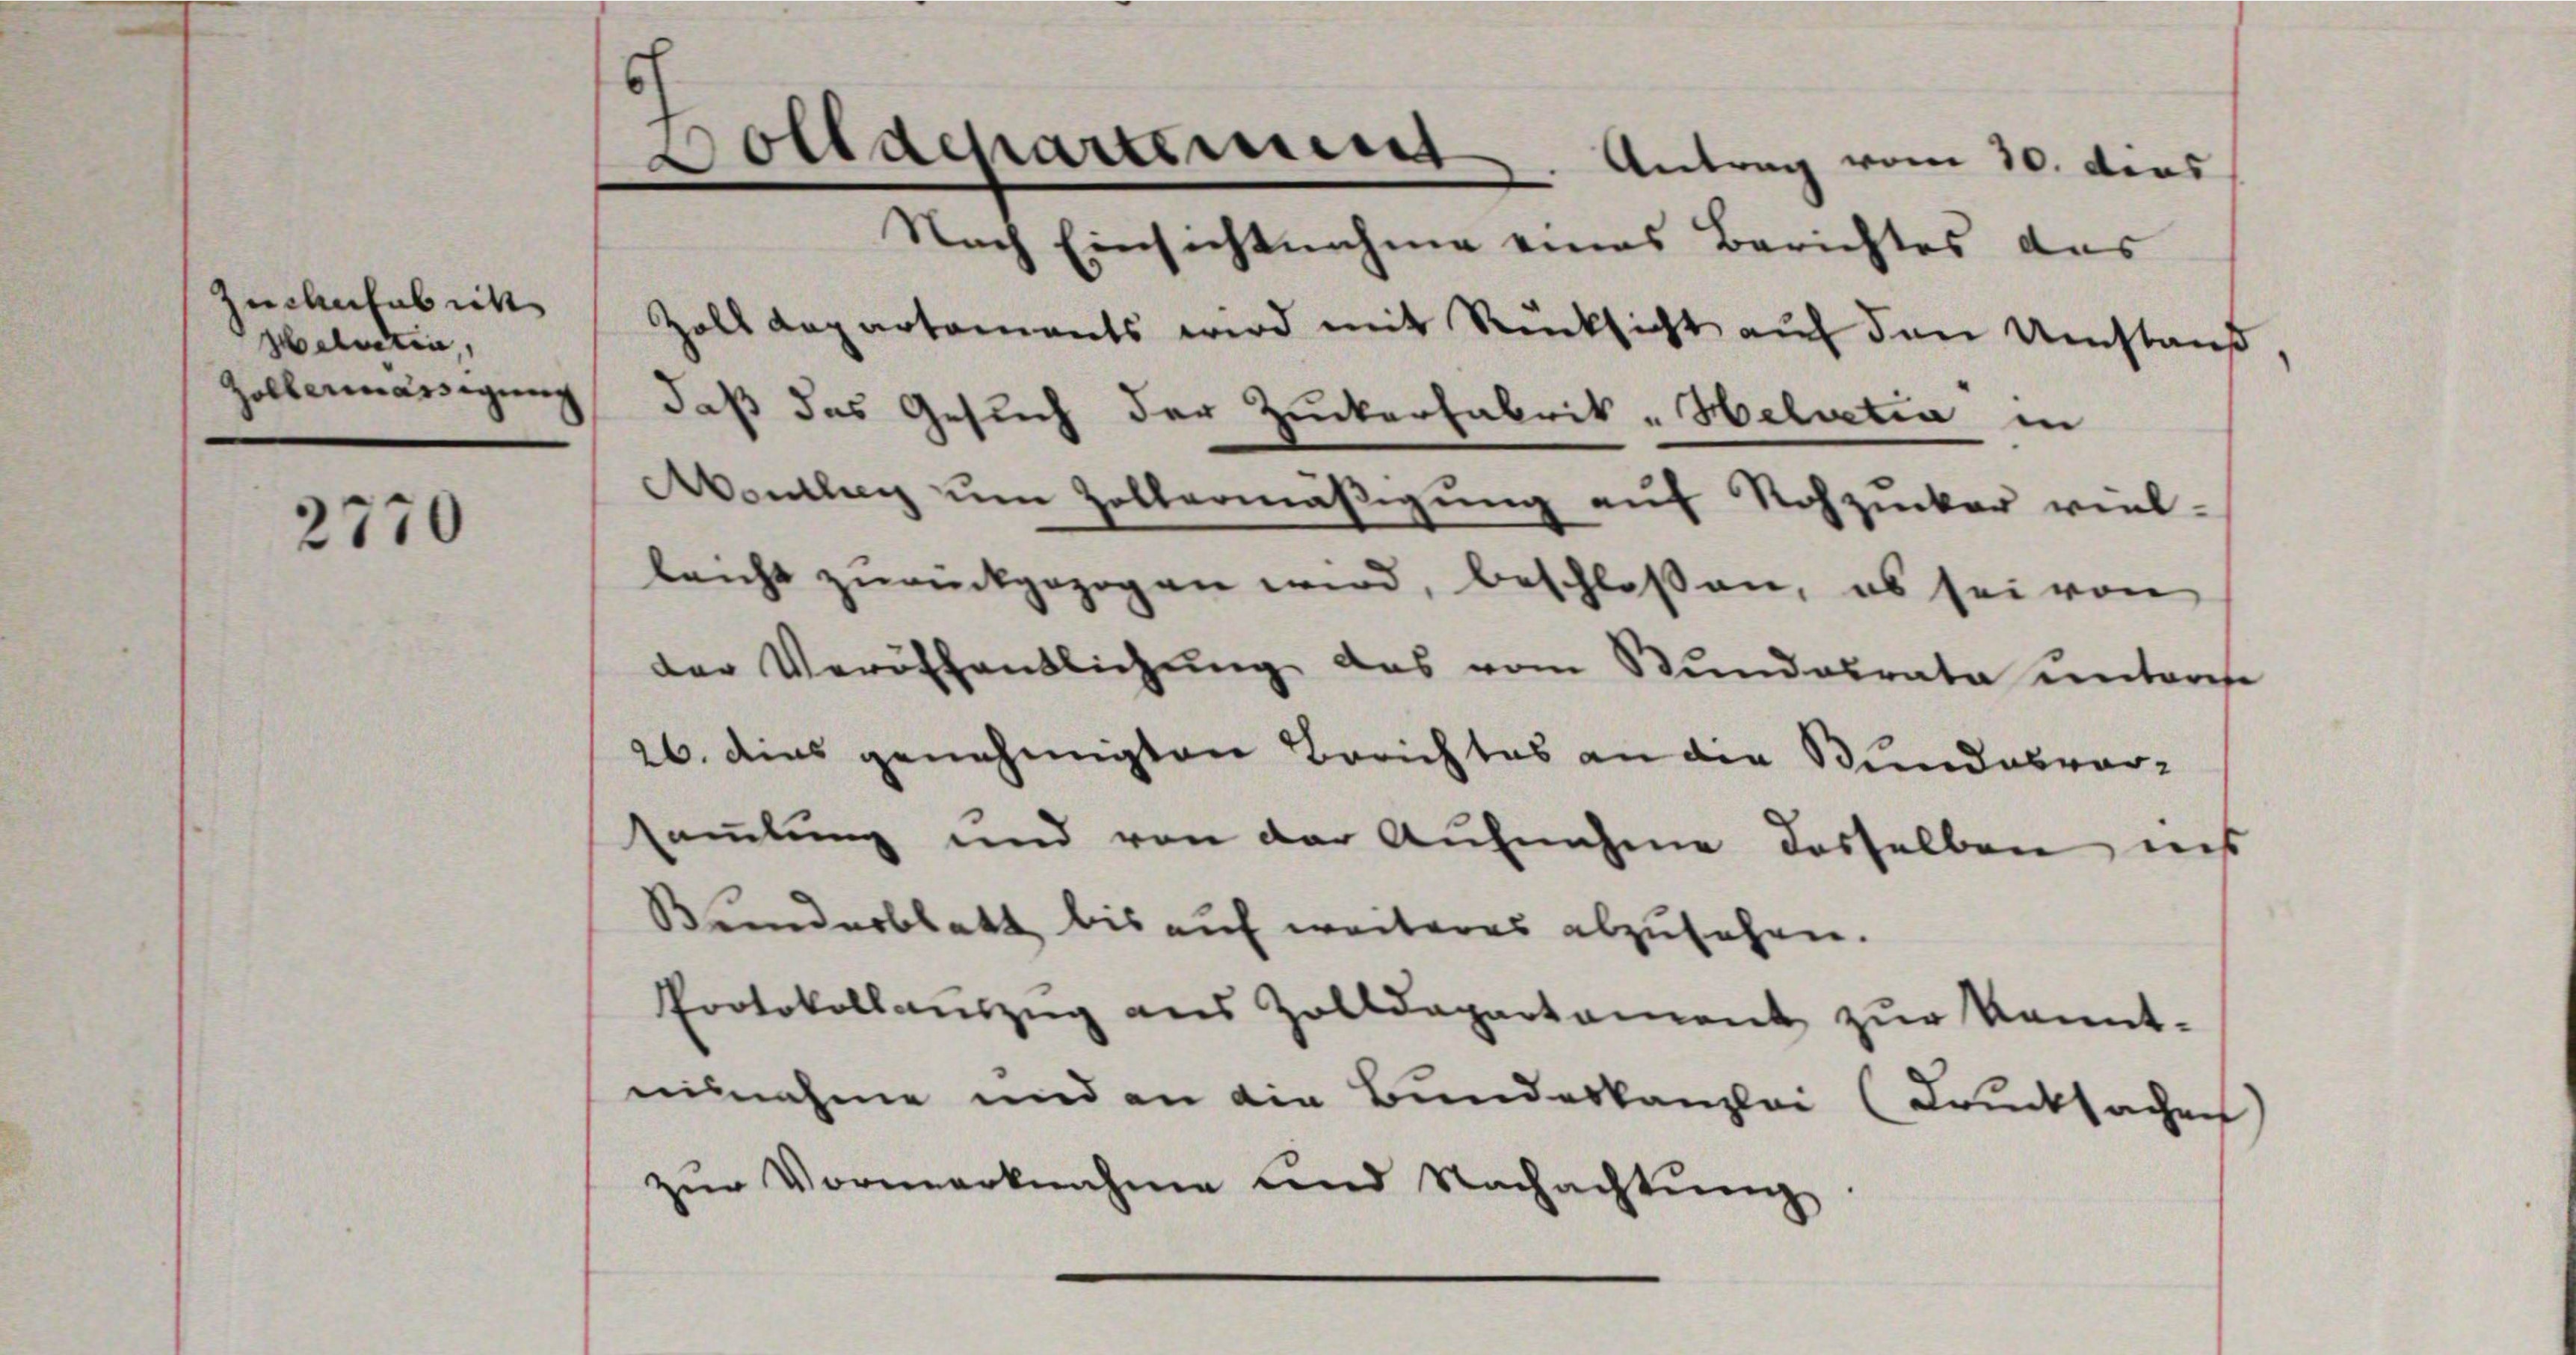
Helvetia,

ch
Polldepartement. Antrag vom 10. dies
Nach Einsichtnahme eines Berichtes das
Zwehntabiek Zolldepartaments wird mit Rücksicht aŭf den Umstand,
Hollenmässigung daß das Gesuch der Zuckerfabrik- Helvetia in
Aontleg um Zellermäßigung auf Rohzucker viel-
2770
leicht zurückgezogen wird, beschloßen, es sei von
der Veröffentlichŭng das vom Stŭndesrata unterese
26. dies genehmigten Berichtes an die Bundesvor-

sammlung und von der Aufnahme dasselben ins
Kunderblatt bis auf weiteres abzusehen.
Protokollaŭszŭg ans Zolldepartament zŭr kannt-
nisnahme und an die Bundeskanzlei (Drucksachen)
zŭr Vormerknahme und Nachachtŭng